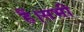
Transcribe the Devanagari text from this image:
हैं।सभी